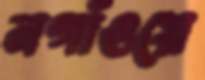
নগাঁওয়ে